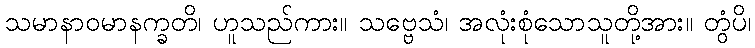
သမာနာဝမာနက္ခတိ၊ ဟူသည်ကား။ သဗ္ဗေသံ၊ အလုံးစုံသောသူတို့အား။ တွံပိ၊